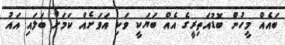
ބައެއް މީހުން ބޮޑުއަތިރީގެ އެއް ބަޔަކީ ވަކި އަވަށެއް ކަމަށް ބަލައި އައު